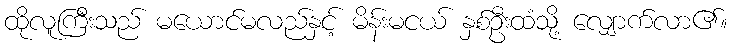
ထိုလူကြီးသည် မယောင်မလည်နှင့် မိန်းမငယ် နှစ်ဦးထံသို့ လျှောက်လာ၏။